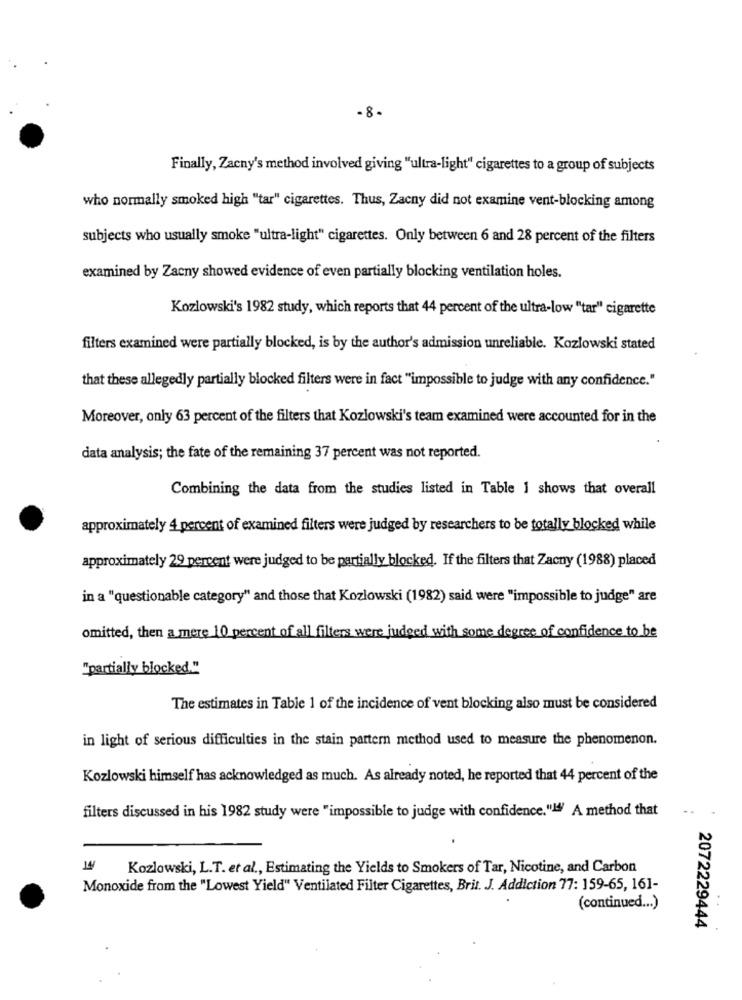
- 8-
Finally, Zacny's method involved giving "ultra-light" cigarettes to a group of subjects
who normally smoked high "tar" cigarettes. Thus, Zacny did not examine vent-blocking among
subjects who usually smoke "ultra-light" cigarettes. Only between 6 and 28 percent of the filters
examined by Zacny showed evidence of even partially blocking ventilation holes.
Kozlowski's 1982 study, which reports that 44 percent of the ultra-low "tar" cigarette
filters examined were partially blocked, is by the author's admission unreliable. Kozlowski stated
that these allegedly partially blocked filters were in fact "impossible to judge with any confidence."
Moreover, only 63 percent of the filters that Kozlowski's team examined were accounted for in the
data analysis; the fate of the remaining 37 percent was not reported.
Combining the data from the studies listed in Table 1 shows that overall
approximately 4 percent of examined filters were judged by researchers to be totally blocked while
approximately 29 percent were judged to be partially blocked. If the filters that Zacny (1988) placed
in a "questionable category" and those that Kozlowski (1982) said were "impossible to judge" are
omitted, then a mere 10 percent of all filters were judged with some degree of confidence to be
"partially blocked."
The estimates in Table 1 of the incidence of vent blocking also must be considered
in light of serious difficulties in the stain pattern method used to measure the phenomenon.
Kozlowski himself has acknowledged as much. As already noted, he reported that 44 percent of the
filters discussed in his 1982 study were "impossible to judge with confidence."Id" A method that
14
Kozlowski, L.T. et al ., Estimating the Yields to Smokers of Tar, Nicotine, and Carbon
Monoxide from the "Lowest Yield" Ventilated Filter Cigarettes, Brit. J. Addiction 77: 159-65, 161-
(continued ... )
2072229444